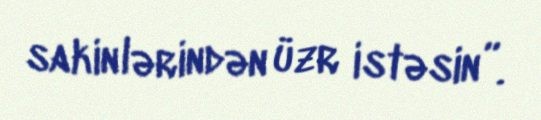
sakinlərindən üzr istəsin”.